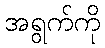
အရွက်ကို